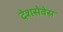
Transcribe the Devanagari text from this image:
देशसेवेस